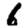
Digit: 6